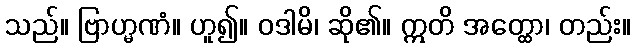
သည်။ ဗြာဟ္မဏံ။ ဟူ၍။ ဝဒါမိ၊ ဆို၏။ ဣတိ အတ္ထော၊ တည်း။